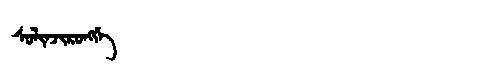
Manchu: ᠰᠣᠯᡳᠨᠵᡳᡵᠣᠩᡤᡝ
Romanization: SOLINJIRONGGE